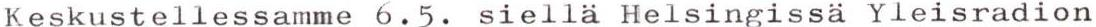
Keskustellessamme 6.5. siellä Helsingissä Yleisradion